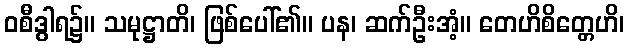
ဝစီဒွါရ၌။ သမုဋ္ဌာတိ၊ ဖြစ်ပေါ်၏။ ပန၊ ဆက်ဦးအံ့။ တေဟိစိတ္တေဟိ၊